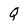
Character: Q